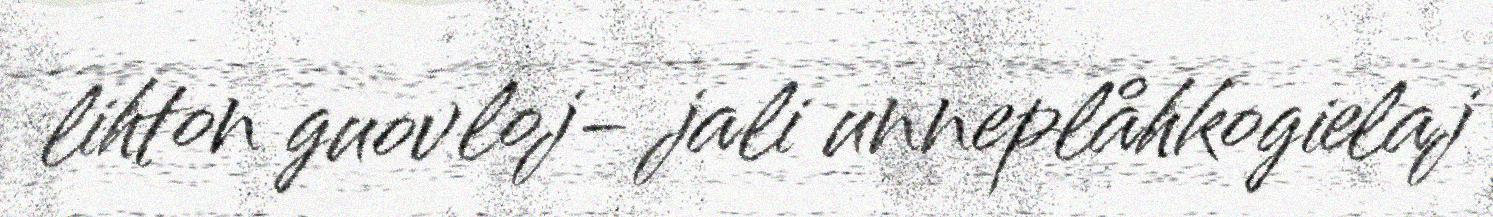
lihton guovloj- jali unneplåhkogielaj